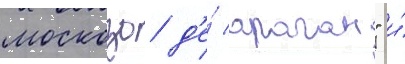
москозо д'е́ араган" и́